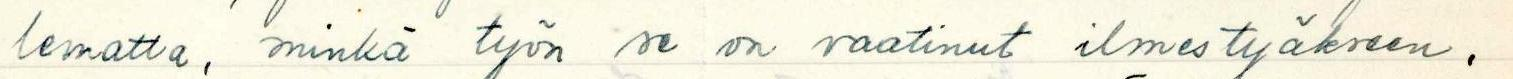
lematta, minkä työn se on vaatinut ilmestyäkseen.